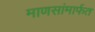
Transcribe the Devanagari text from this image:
माणसांमार्फत